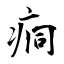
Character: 痌